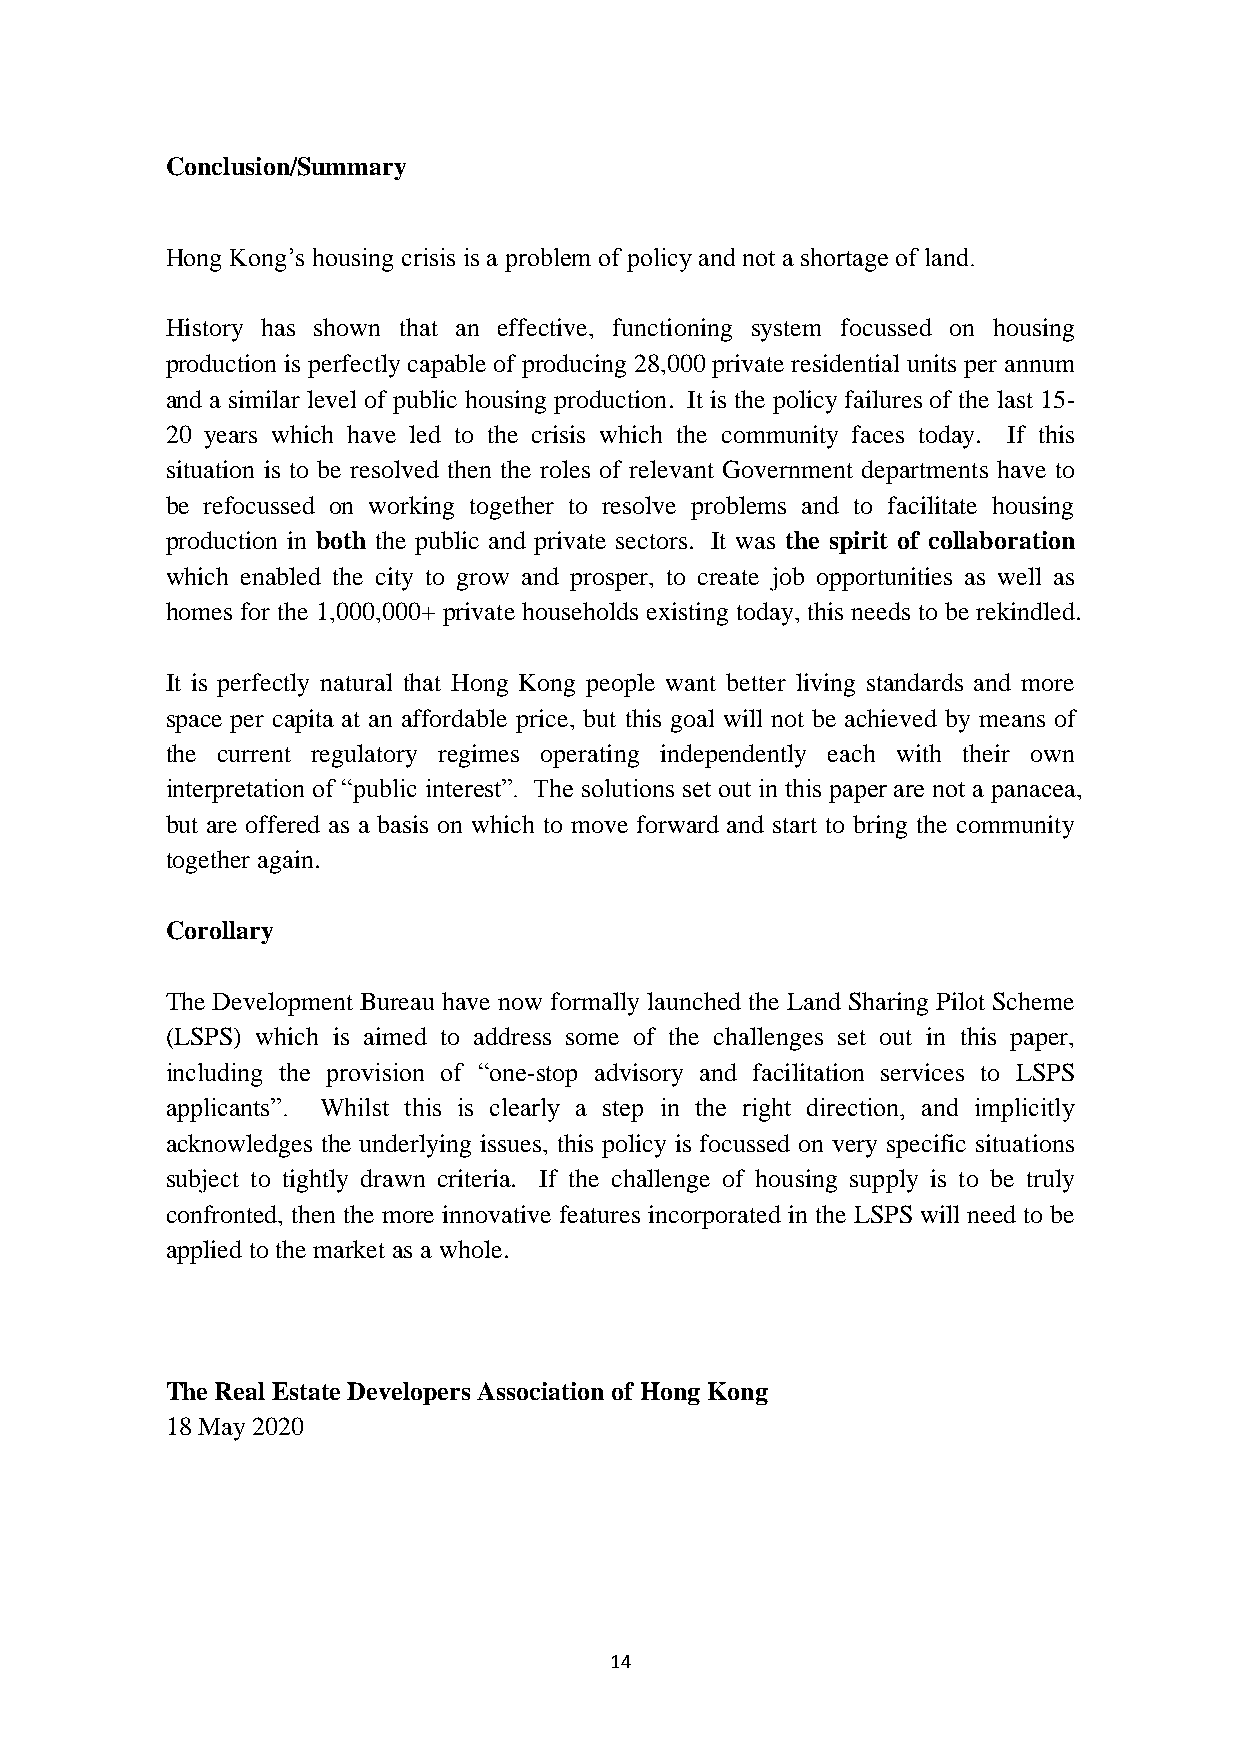
Conclusion/Summary
 Hong Kong’s housing crisis is a problem of policy and not a shortage of land.
 History has shown that an effective, functioning system focussed on housing
 production is perfectly capable of producing 28,000 private residential units per annum
 and a similar level of public housing production. It is the policy failures of the last 15-
 20 years which have led to the crisis which the community faces today. If this
 situation is to be resolved then the roles of relevant Government departments have to
 be refocussed on working together to resolve problems and to facilitate housing
 production in both the public and private sectors. It was the spirit of collaboration
 which enabled the city to grow and prosper, to create job opportunities as well as
 homes for the 1,000,000+ private households existing today, this needs to be rekindled.
 It is perfectly natural that Hong Kong people want better living standards and more
 space per capita at an affordable price, but this goal will not be achieved by means of
 the current regulatory regimes operating independently each with their own
 interpretation of “public interest”. The solutions set out in this paper are not a panacea,
 but are offered as a basis on which to move forward and start to bring the community
 together again.
 Corollary
 The Development Bureau have now formally launched the Land Sharing Pilot Scheme
 (LSPS) which is aimed to address some of the challenges set out in this paper,
 including the provision of “one-stop advisory and facilitation services to LSPS
 applicants”. Whilst this is clearly a step in the right direction, and implicitly
 acknowledges the underlying issues, this policy is focussed on very specific situations
 subject to tightly drawn criteria. If the challenge of housing supply is to be truly
 confronted, then the more innovative features incorporated in the LSPS will need to be
 applied to the market as a whole.
 The Real Estate Developers Association of Hong Kong
 18 May 2020
 14